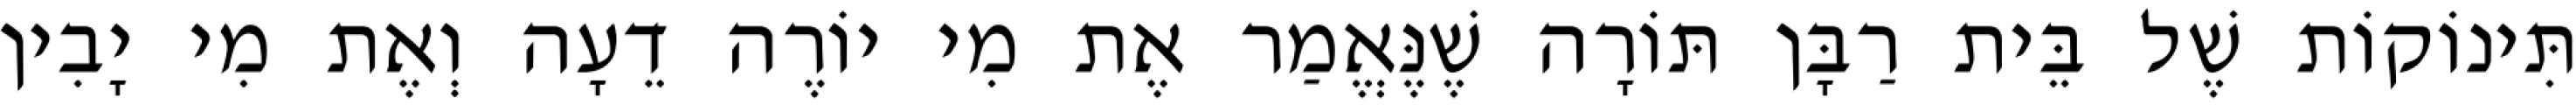
תִּינוֹקוֹת שֶׁל בֵּית רַבָּן תּוֹרָה שֶׁנֶּאֱמַר אֶת מִי יוֹרֶה דֵעָה וְאֶת מִי יָבִין